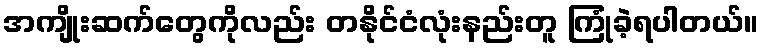
အကျိုးဆက်တွေကိုလည်း တနိုင်ငံလုံးနည်းတူ ကြုံခဲ့ရပါတယ်။